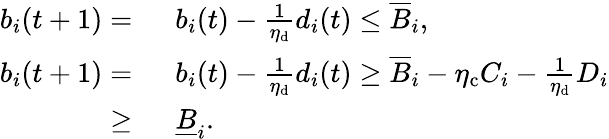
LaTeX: \begin{array}{rl}{b_{i}(t+1)=~}&{b_{i}(t)-\frac{1}{\eta_{\mathrm{d}}}d_{i}(t)\le\overline{{B}}_{i},}\\ {b_{i}(t+1)=~}&{b_{i}(t)-\frac{1}{\eta_{\mathrm{d}}}d_{i}(t)\ge\overline{{B}}_{i}-\eta_{\mathrm{c}}C_{i}-\frac{1}{\eta_{\mathrm{d}}}D_{i}}\\ {\ge~}&{\underline{{B}}_{i}.}\end{array}